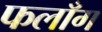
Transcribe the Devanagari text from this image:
फलाँग